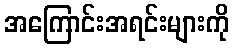
အကြောင်းအရင်းများကို